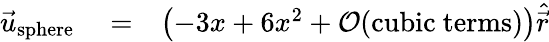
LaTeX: \begin{array}{rlr}{\vec{u}_{\mathrm{sphere}}}&{{}=}&{\left(-3x+6x^{2}+\mathcal{O}(\mathrm{cubic~terms})\right)\hat{\vec{r}}}\end{array}